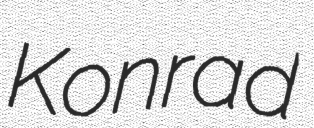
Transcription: Konrad